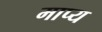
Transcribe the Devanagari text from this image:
माप्य